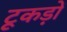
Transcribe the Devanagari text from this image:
टूकड़ों